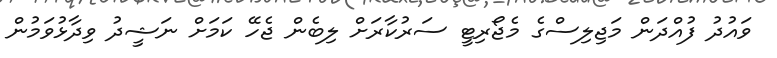
ވައުދު ފުއްދަން މަޖިލިސްގެ މެޖޯރިޓީ ސަރުކާރަށް ލިބެން ޖެހޭ ކަމަށް ނަޝީދު ވިދާޅުވަމުން